Annual report of the Civil Veterinary Department, Bengal, for the year 1897-98 - 1897-1898
Year: 1897
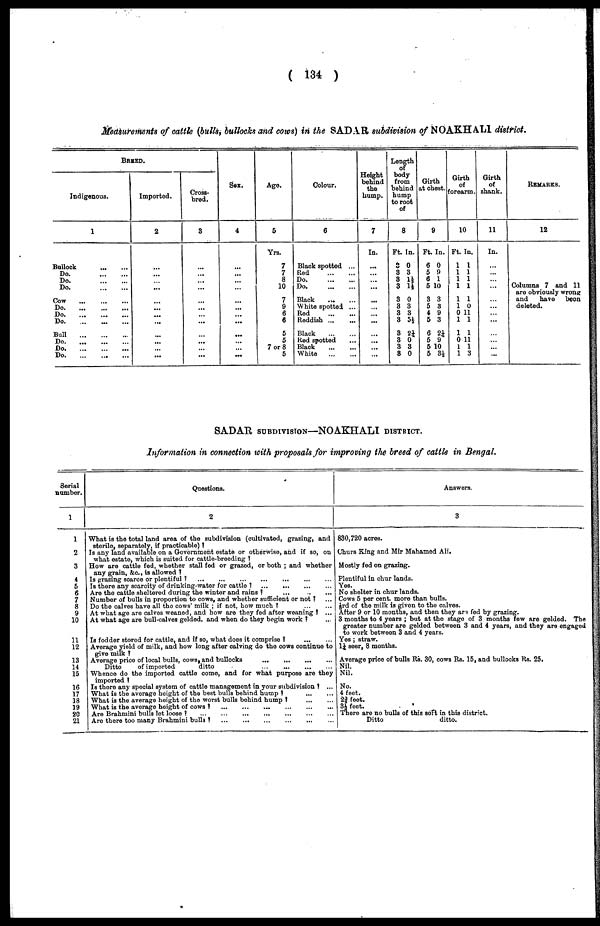
(134)
Measurements of cattle (bulls, bullocks and cows) in the SADAR subdivision of NOAKHALI district.
BREED.
Indigenous.
1
Bullock
...
...
Do.
...
...
Do.
...
...
Do.
...
...
Cow
...
...
...
Do.
...
...
...
Do.
...
...
...
Do.
...
...
...
Bull
...
...
...
Do.
...
...
...
Do.
...
...
...
Do.
...
...
...
Imported.
2
...
...
...
...
...
...
...
...
...
...
...
...
Cross-
bred.
3
...
...
...
...
...
...
...
... ...
...
...
... ...
Sex.
4
...
...
...
...
...
...
...
... ...
...
...
... ...
Age.
5
Yrs.
7
7
8
10
7
9
6
6
5
5
7 or 8
5
Colour.
6
Black spotted ...
Red
...
...
Do.
...
...
Do.
...
...
Black
...
...
White spotted ...
Red
...
...
Reddish ... ...
Black
...
...
Red spotted ...
Black
...
...
White
...
...
Height
behind
the
hump.
7
In.
...
...
...
...
...
...
... ...
...
...
...
...
Length
of
body
from
behind
hump
to root
of
8
Ft. In.
8 0
3 3
3 1½
3 1½
3 0
3 3
3 3
3 5½
3 21/4
3 0
3 3
8 0
Girth
at chest.
9
Ft. In.
6 0
5 9
6 1
5 10
3 3
5 3
4 9
5 3
6 21/4
5 9
5 10
5 3½
Girth
of
forearm.
10
Ft. In.
1 1
1 1
1 1
1 1
1 1
1 0
0 11
1 1
1 1
0 11
1 1
1 3
Girth
of
shank.
11
In.
...
...
...
...
...
...
...
...
...
...
... ...
REMARKS.
12
Columns 7 and 11
are obviously wrong
and
have
been
deleted.
SADAR SUBDIVISON—NOAKHALI DISTRICT.
Information in connection with proposals for improving the breed of cattle in Bengal.
Serial
number.
1
1
2
3
4
5
6
7
8
9
10
11
12
13
14
15
16
17
18
19
20
21
Questions.
2
What is the total land area of the subdivision (cultivated, grazing, and
sterile, separately, if practicable)?
Is any land available on a Government estate or otherwise, and if so, on
what estate, which is suited for cattle-breeding?
How are cattle fed, whether stall fed or grazed, or both; and whether
any grain, &c., is allowed?
Is grazing scarce or plentiful?
...
...
...
...
...
...
Is there any scarcity of drinking-water for cattle?
...
...
...
...
Are the cattle sheltered during the winter and rains? ... ... ... ...
Number of bulls in proportion to cows, and whether sufficient or not? ...
Do the calves have all the cows' milk; if not, how much?
...
...
At what age are calves weaned, and how are they fed after weaning? ...
At what age are bull-calves gelded, and when do they begin work? ...
Is fodder stored for cattle, and if so, what does it comprise? ... ...
Average yield of milk, and how long after calving do the cows continue to
give milk?
Average price of local bulls, cows, and bullocks
...
... ... ...
Ditto
of imported
ditto ... ... ... ...
Whence do the imported cattle come, and for what purpose are they
imported?
Is there any special system of cattle management in your subdivision? ...
What is the average height of the best bulls behind hump?
...
...
What is the average height of the worst bulls behind
hump?
...
...
What is the average height of cows?
...
...
...
...
Are Brahmini bulls let loose?
...
...
...
...
...
...
Are there too many Brahmini bulls? ... ... ... ... ... ...
Answers.
3
830,720 acres.
Churs King and Mir Mahamed Ali.
Mostly fed on grazing.
Plentiful in chur lands.
Yes.
No shelter in chur lands.
Cows 5 per cent. more than bulls.
1/8rd of the milk is given to the calves.
After 9 or 10 months, and then they are fed by grazing.
3 months to 4 years; but at the stage of 3 months few are gelded. The
greater number are gelded between 3 and 4 years, and they are engaged
to work between 3 and 4 years.
Yes; straw.
11/4 seer, 8 months.
Average price of bulls Rs. 30, cows Rs. 15, and bullocks Rs. 25.
Nil.
Nil.
No.
4 feet.
23/4 feet.
3½ feet.
There are no bulls of this soft in this district.
Ditto
ditto.